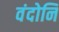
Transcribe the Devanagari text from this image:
वंदोनि